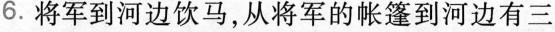
6.将军到河边饮马，从将军的篷到河边有三